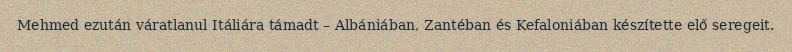
Mehmed ezután váratlanul Itáliára támadt – Albániában, Zantéban és Kefaloniában készítette elő seregeit.